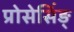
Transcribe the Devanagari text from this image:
प्रोसेसिंङ्